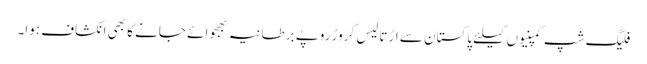
فلیگ شپ کمپنیوں کیلئے پاکستان سے اڑتالیس کروڑ روپے برطانیہ بھجوائے جانے کا بھی انکشاف ہوا۔